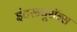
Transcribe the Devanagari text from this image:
इंटरन्यूरॉन्स